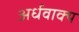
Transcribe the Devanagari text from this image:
अर्धवाक्य